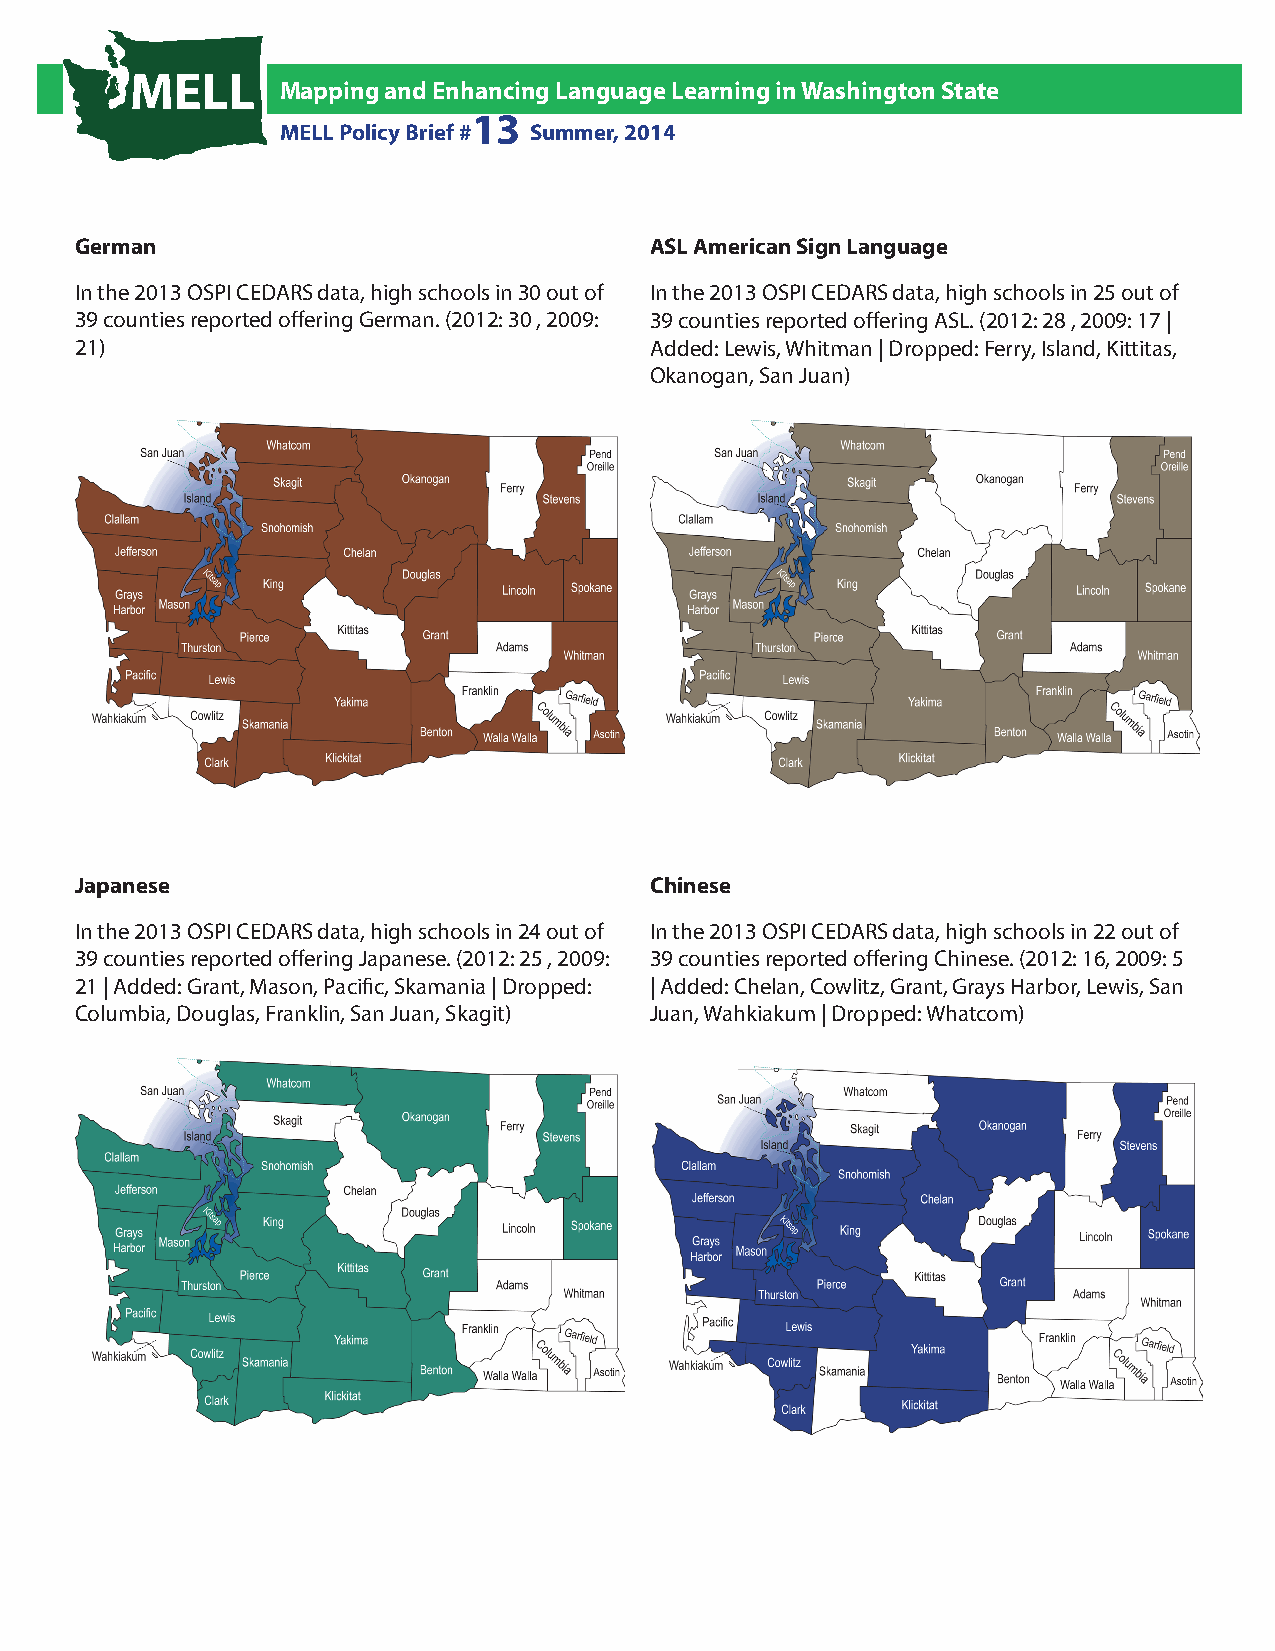
MELL
 Mapping and Enhancing Language Learning in Washington State
 13
 MELL Policy Brief # Summer, 2014
 German                                ASL American Sign Language
 In the 2013 OSPI CEDARS data, high schools in 30 out of In the 2013 OSPI CEDARS data, high schools in 25 out of
 39 counties reported offering German. (2012: 30 , 2009: 39 counties reported offering ASL. (2012: 28 , 2009: 17 |
 21)                                   Added: Lewis, Whitman | Dropped: Ferry, Island, Kittitas,
 Okanogan, San Juan)
 Japanese                              Chinese
 In the 2013 OSPI CEDARS data, high schools in 24 out of In the 2013 OSPI CEDARS data, high schools in 22 out of
 39 counties reported offering Japanese. (2012: 25 , 2009: 39 counties reported offering Chinese. (2012: 16, 2009: 5
 21 | Added: Grant, Mason, Pacific, Skamania | Dropped: | Added: Chelan, Cowlitz, Grant, Grays Harbor, Lewis, San
 Columbia, Douglas, Franklin, San Juan, Skagit) Juan, Wahkiakum | Dropped: Whatcom)